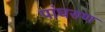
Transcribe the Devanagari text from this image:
पांघरुण